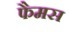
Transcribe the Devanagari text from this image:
फैमस